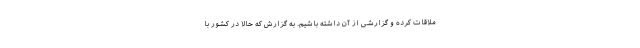
ملاقات کرده و گزارشی از آن داشته باشیم. به گزارش که حالا در کشور با